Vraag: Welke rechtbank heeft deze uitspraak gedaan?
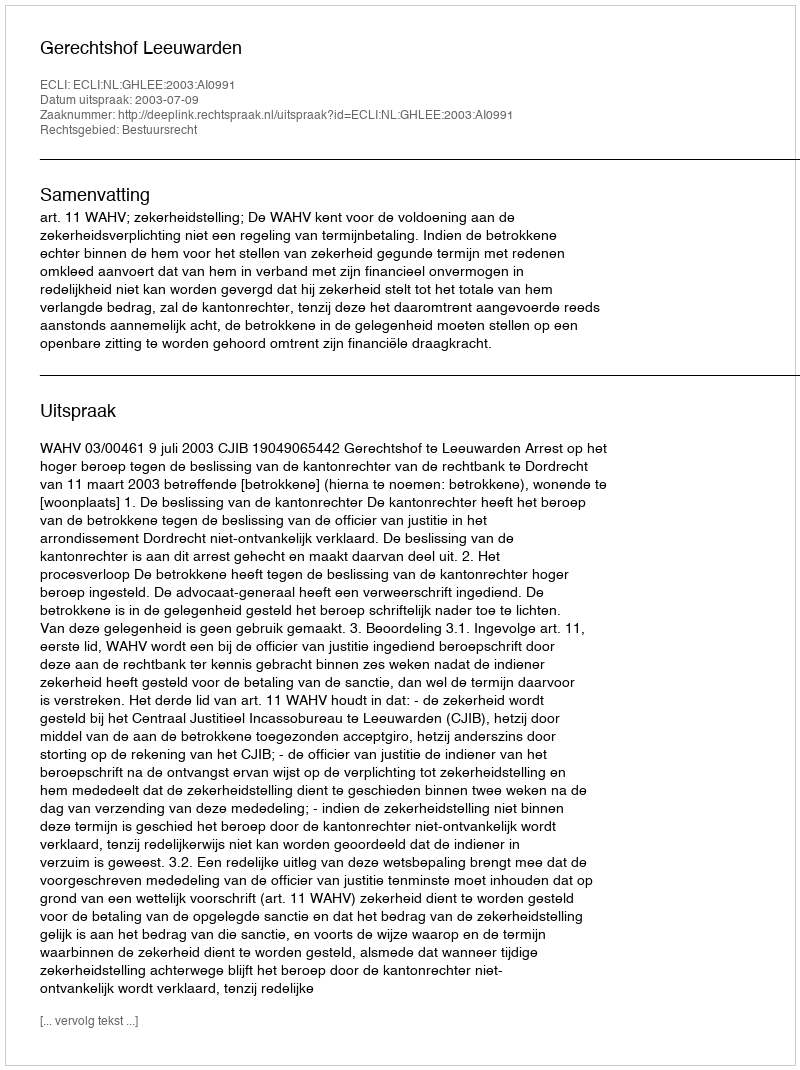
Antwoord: Gerechtshof Leeuwarden